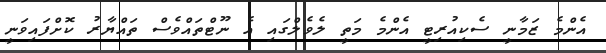
އެންމެ ޒަމާނީ ސެކިއުރިޓީ އެންމެ މަތީ ލެވެލްގައި އެ ނޫޓްތައްވެސް ތައްޔާރު ކޮށްފައިވަނީ